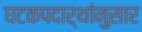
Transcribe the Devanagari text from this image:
घटकपदार्थांनुसार